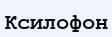
Ксилофон